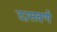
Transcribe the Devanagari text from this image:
दासवर्ण